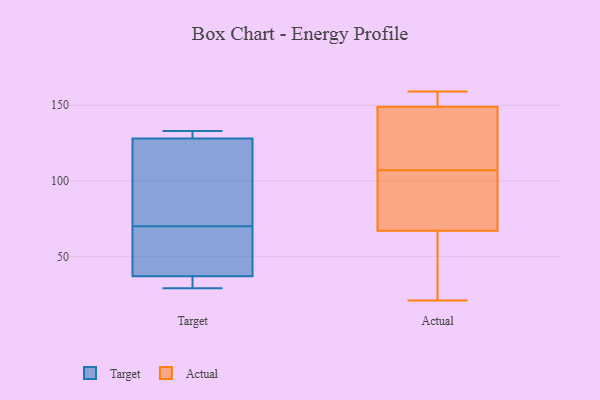
{"axis": {"x": "Waste Production (Tons)", "y": "Value"}, "legend": ["Actual", "Target"], "data": [{"x": "", "y": 102, "type": "Target"}, {"x": "", "y": 72, "type": "Target"}, {"x": "", "y": 128, "type": "Target"}, {"x": "", "y": 49, "type": "Target"}, {"x": "", "y": 29, "type": "Target"}, {"x": "", "y": 35, "type": "Target"}, {"x": "", "y": 133, "type": "Target"}, {"x": "", "y": 68, "type": "Target"}, {"x": "", "y": 128, "type": "Target"}, {"x": "", "y": 37, "type": "Target"}, {"x": "", "y": 141, "type": "Actual"}, {"x": "", "y": 123, "type": "Actual"}, {"x": "", "y": 91, "type": "Actual"}, {"x": "", "y": 159, "type": "Actual"}, {"x": "", "y": 84, "type": "Actual"}, {"x": "", "y": 149, "type": "Actual"}, {"x": "", "y": 67, "type": "Actual"}, {"x": "", "y": 56, "type": "Actual"}, {"x": "", "y": 25, "type": "Actual"}, {"x": "", "y": 90, "type": "Actual"}, {"x": "", "y": 156, "type": "Actual"}, {"x": "", "y": 123, "type": "Actual"}, {"x": "", "y": 150, "type": "Actual"}, {"x": "", "y": 21, "type": "Actual"}]}